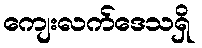
ကျေးလက်ဒေသရှိ